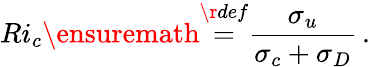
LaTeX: Ri_{c}\ensuremath{\stackrel{\r{def}}{=}}\frac{\sigma_{u}}{\sigma_{c}+\sigma_{D}}\, .